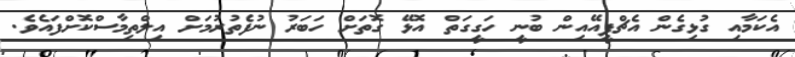
އެކަމާއި ގުޅިގެން އެޗްޕީއޭއިން ބުނީ ހަގީގަތް އޮޅޭ ގޮތަށް ހަބަރު ނުފެތުރުމަށް އިލްތިމާސްކޮށްފައެވެ.